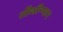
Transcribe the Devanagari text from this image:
लीथॉम्प्सन